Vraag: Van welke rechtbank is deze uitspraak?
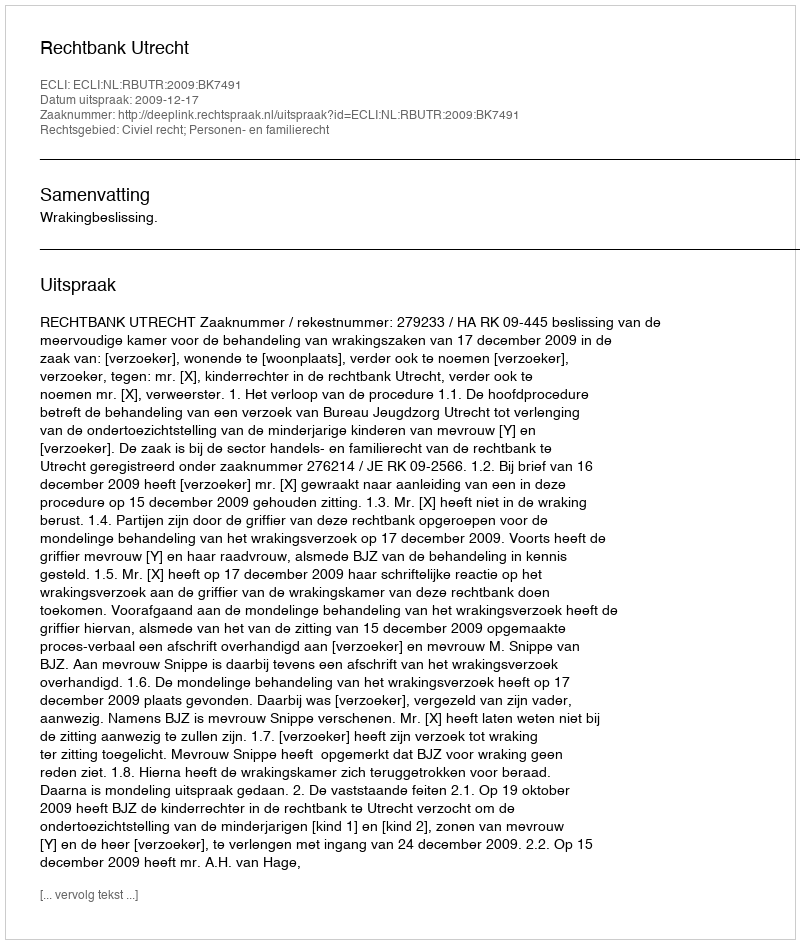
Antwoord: Rechtbank Utrecht